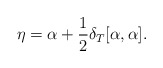
\begin{align*}\eta = \alpha + \frac{1}{2} \delta_T [\alpha , \alpha].\end{align*}